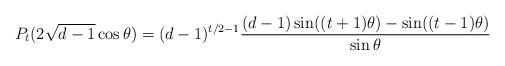
LaTeX: \begin{align*} P_t(2\sqrt{d-1} \cos \theta) = (d-1)^{t/2-1} \frac{(d-1)\sin ((t+1)\theta) - \sin ((t-1)\theta)}{\sin \theta}\end{align*}